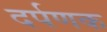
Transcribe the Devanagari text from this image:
दर्पणक